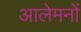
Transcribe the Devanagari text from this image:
आलेमनों